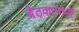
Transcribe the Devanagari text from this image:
बैठकांमध्ये